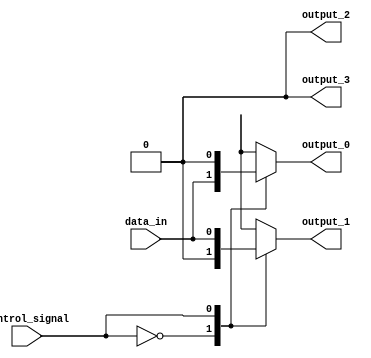
module demultiplexer(
    input wire data_in,
    input wire control_signal,
    output reg output_0,
    output reg output_1,
    output reg output_2,
    output reg output_3
);

always @(*) begin
    case(control_signal)
        2'b00: begin
            output_0 = data_in;
            output_1 = 1'b0;
            output_2 = 1'b0;
            output_3 = 1'b0;
        end
        2'b01: begin
            output_0 = 1'b0;
            output_1 = data_in;
            output_2 = 1'b0;
            output_3 = 1'b0;
        end
        2'b10: begin
            output_0 = 1'b0;
            output_1 = 1'b0;
            output_2 = data_in;
            output_3 = 1'b0;
        end
        2'b11: begin
            output_0 = 1'b0;
            output_1 = 1'b0;
            output_2 = 1'b0;
            output_3 = data_in;
        end
    endcase
end

endmodule